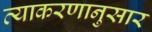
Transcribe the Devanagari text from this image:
व्याकरणानुसार